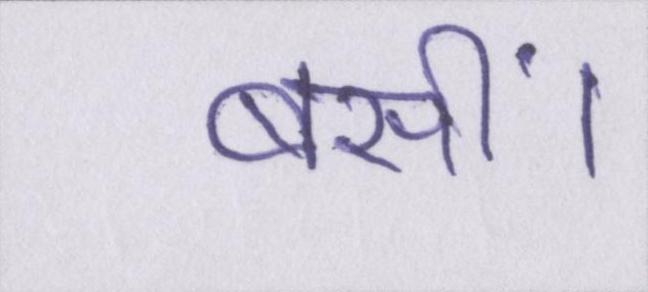
बसीं।